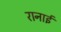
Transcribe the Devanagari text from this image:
रानाई